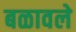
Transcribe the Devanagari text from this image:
बळावले